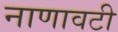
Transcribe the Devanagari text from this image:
नाणावटी